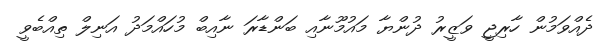
ދެއްވަމުން ހާރިޖީ ވަޒީރު ދުންޔާ މައުމޫނާއި ބަންޑާރަ ނާއިބް މުހައްމަދު އަނިލް ތިއްބެވީ